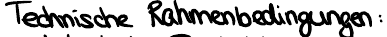
Technische Rahmenbedingungen: